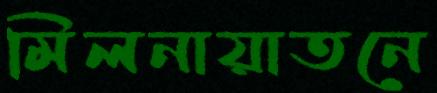
মিলনায়াতনে